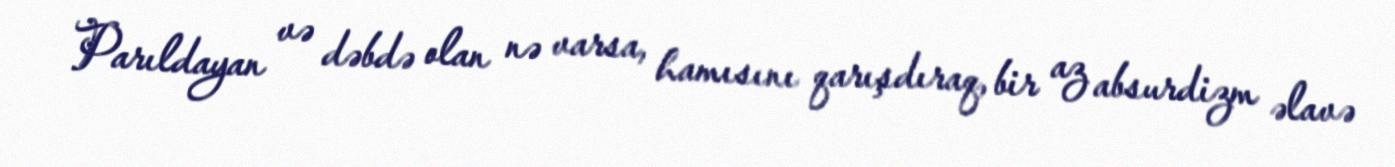
Parıldayan və dəbdə olan nə varsa, hamısını qarışdıraq, bir az absurdizm əlavə